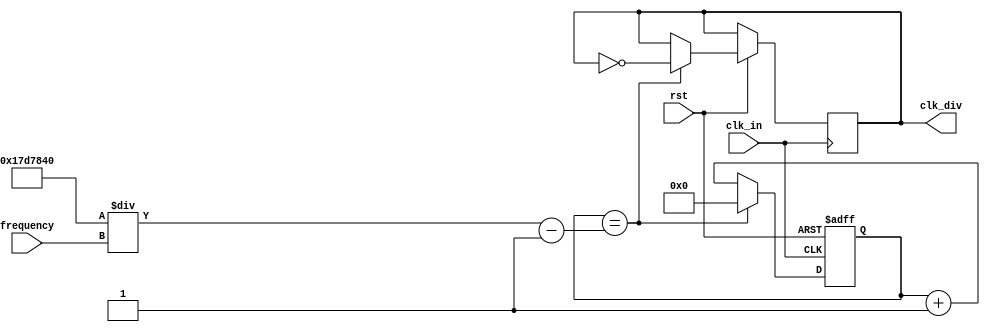
//
module ClockDivide(
												input clk_in,							//
												input rst,									//
												input [25:0] frequency,	//50MHz1Hz26
												
												output reg clk_div=0		//
											);
	 
	 parameter SYS_FREQUENCY=26'd50_000_000;	//50MHz
	 
	 reg [24:0] cnt=0;															//2550MHz1Hz
	 
	 //
	 always @(posedge clk_in or negedge rst)
			begin
				if(!rst)begin																					//
					cnt<=0;
				end
				else if(cnt == (SYS_FREQUENCY/2/frequency-1))	//inputfrequency
					  begin
						  cnt <= 0;
						  clk_div <= ~clk_div;
				end
				else 																									//
					  cnt <= cnt+1'b1;
			end
	 
endmodule